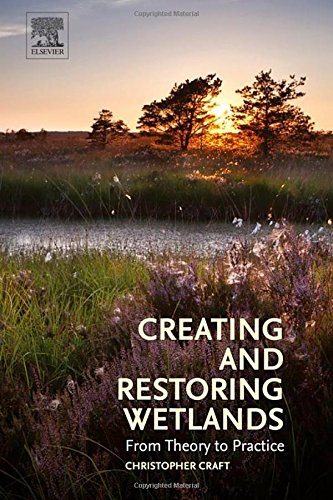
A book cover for Creating and Restoring Wetlands: From Theory to Practice; Christopher Craft; Science & Math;